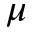
\mu